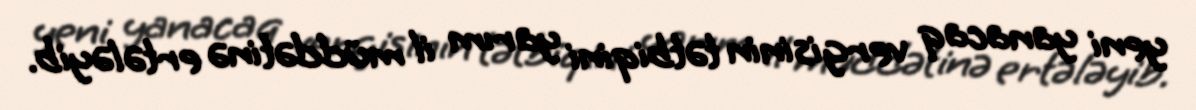
yeni yanacaq vergisinin tətbiqini yarım il müddətinə ertələyib.